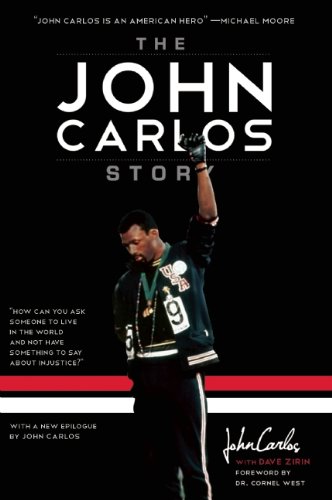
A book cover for The John Carlos Story: The Sports Moment That Changed the World; Dave Zirin; Sports & Outdoors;